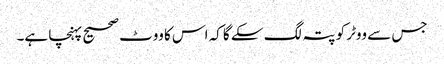
جس سے ووٹر کو پتہ لگ سکے گا کہ اس کا ووٹ صحیح پہنچا ہے۔